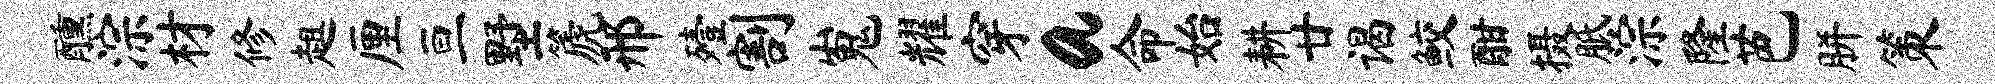
醺淙材修趄厘亘墅篪邢殪割嵬耀穿a命始耕廿谒鲛酣摄胝淙隆芭胼策